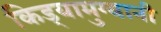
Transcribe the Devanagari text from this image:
किड्यामुग्यानी